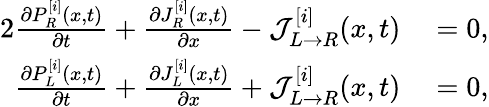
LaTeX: \begin{array}{rl}{{2}\frac{\partial P_{R}^{[i]}(x,t)}{\partial t}+\frac{\partial J_{R}^{[i]}(x,t)}{\partial x}-\mathcal{J}_{L\rightarrow R}^{[i]}(x,t)}&{{}=0,}\\ {\frac{\partial P_{L}^{[i]}(x,t)}{\partial t}+\frac{\partial J_{L}^{[i]}(x,t)}{\partial x}+\mathcal{J}_{L\rightarrow R}^{[i]}(x,t)}&{{}=0,}\end{array}